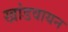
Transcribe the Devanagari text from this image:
खांडवायन